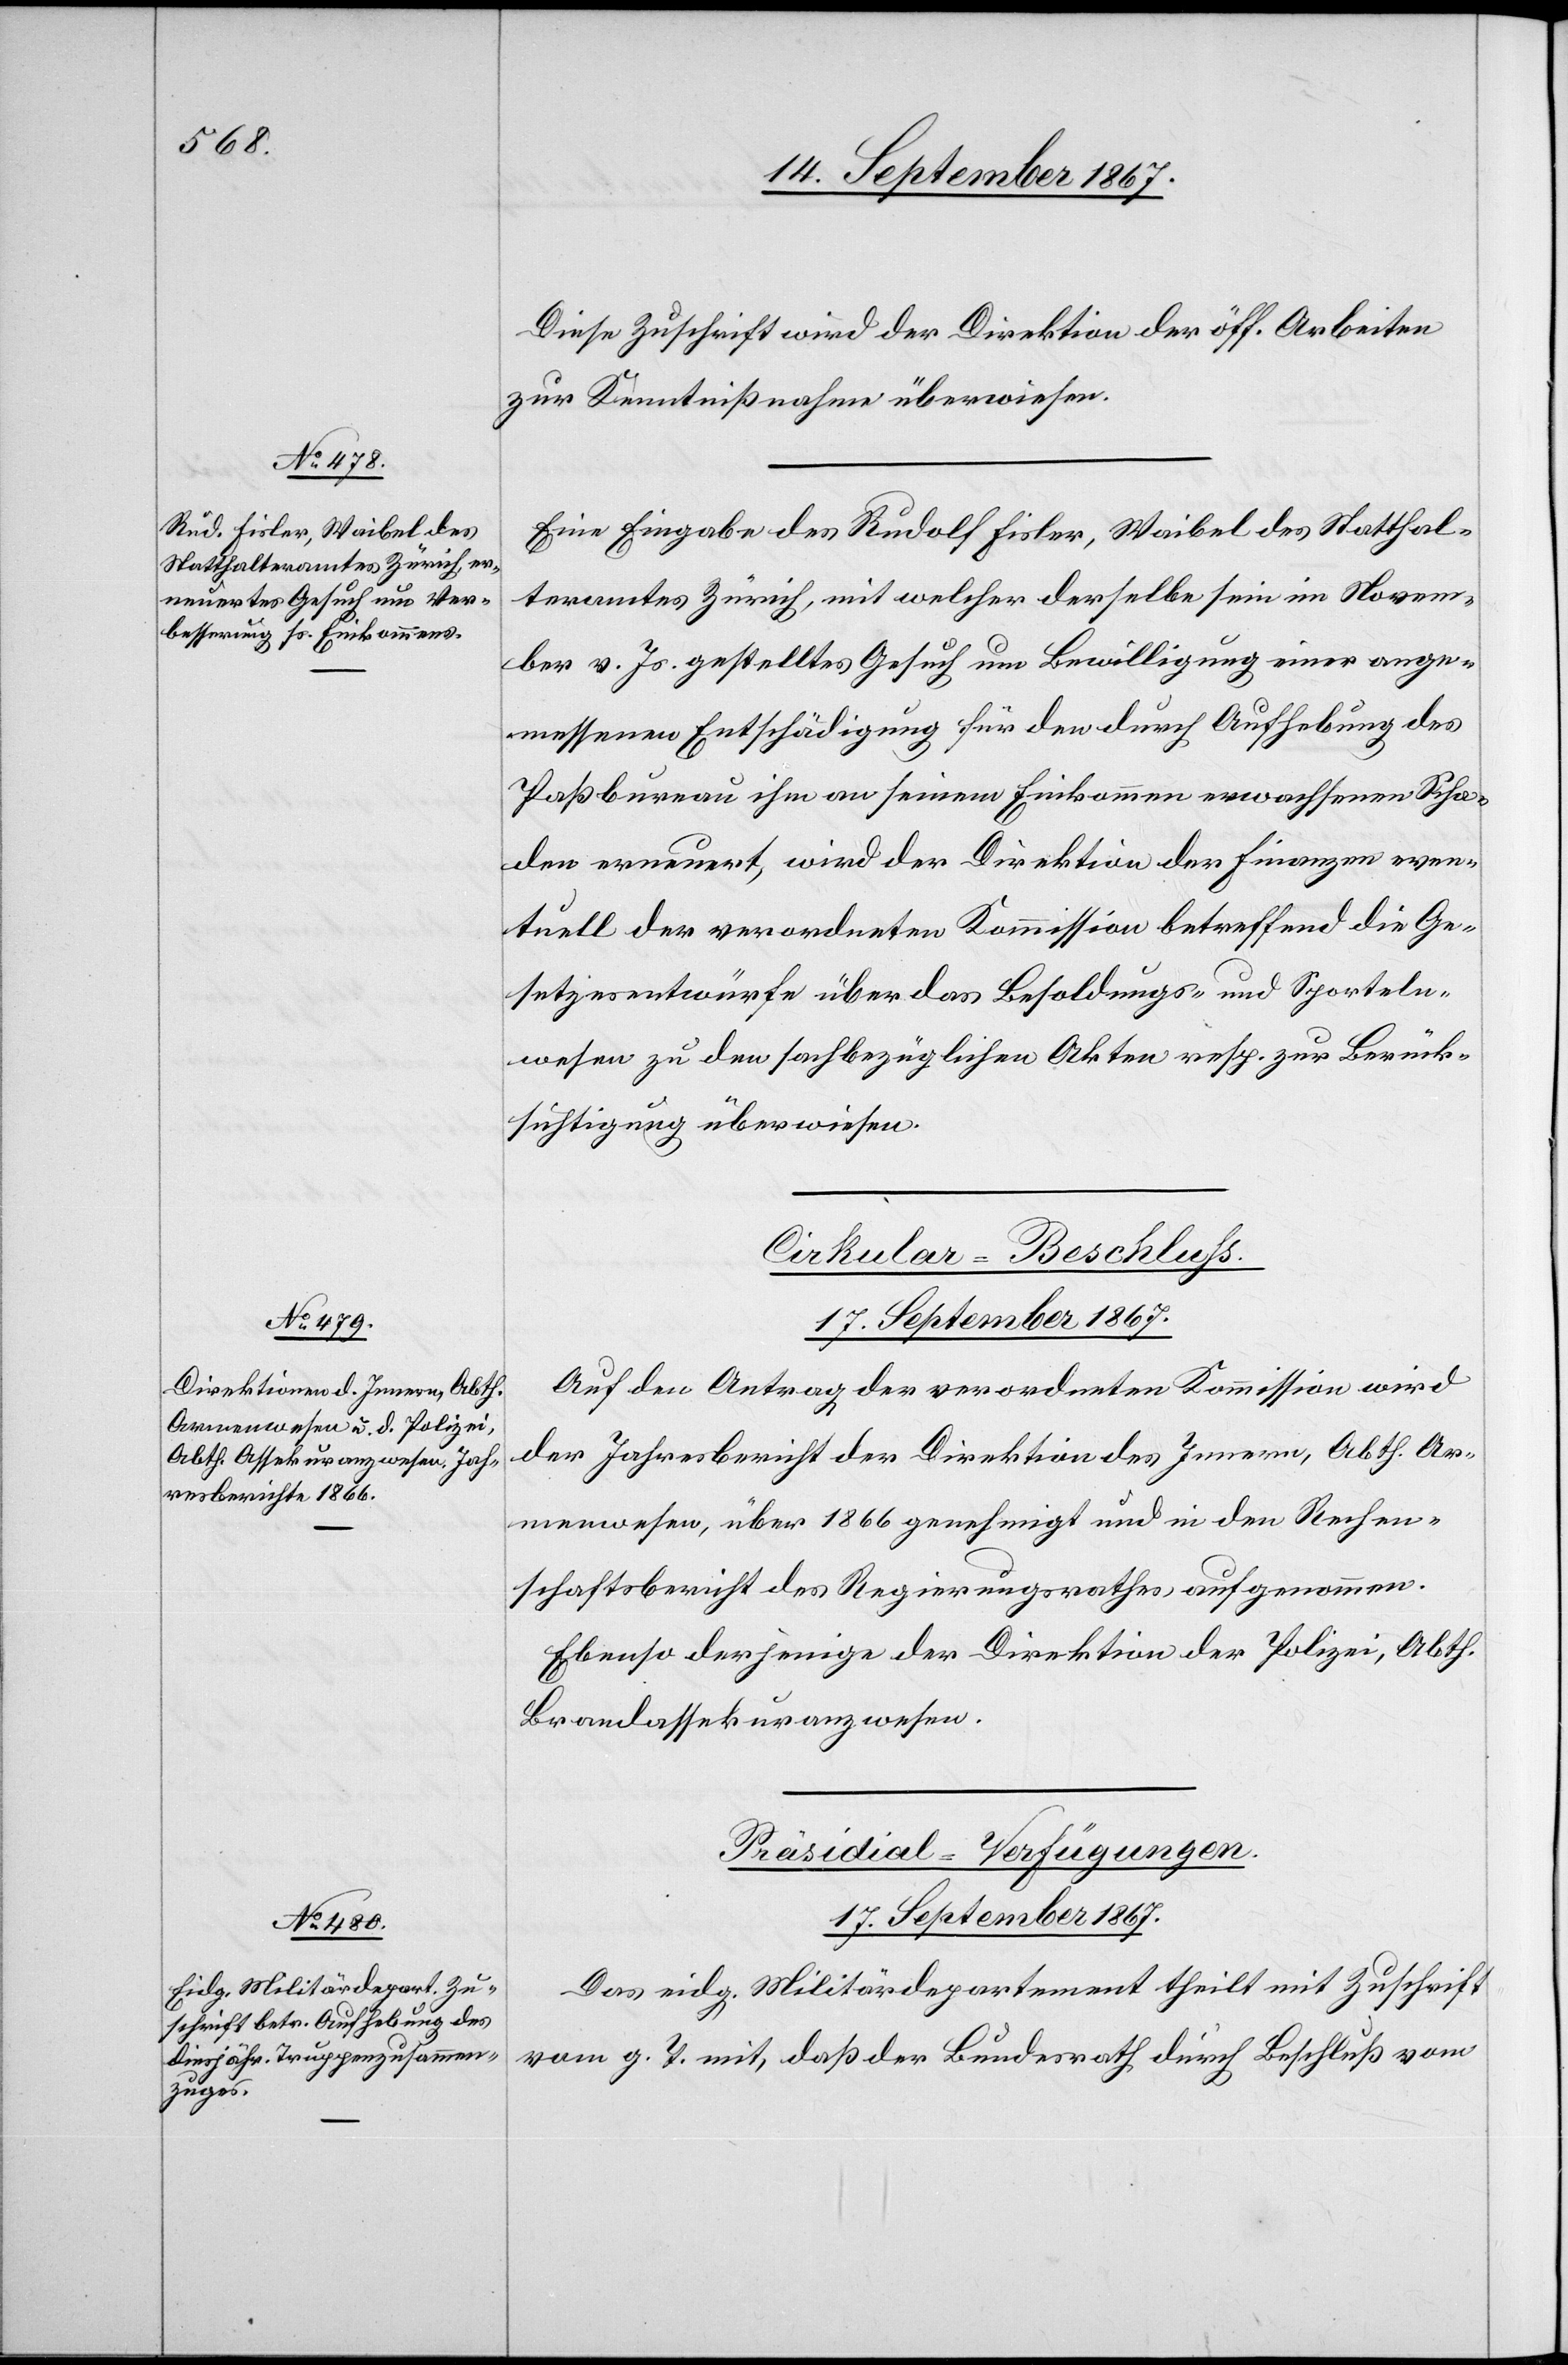
Diese Zuschrift wird der Direktion der öff. Arbeiten
zur Kenntnißnahme überwiesen.
Eine Eingabe des Rudolf Fisler, Waibel des Statthal¬
teramtes Zürich, mit welcher derselbe sein im Novem¬
ber v. Js. gestelltes Gesuch um Bewilligung einer ange¬
messenen Entschädigung für den durch Aufhebung des
Paßbureau ihm an seinem Einkommen erwachsenen Scha¬
den erneuert, wird der Direktion der Finanzen even¬
tuell der verordneten Kommission betreffend die Ge¬
setzesentwürfe über das Besoldungs- und Sporteln¬
wesen zu den sachbezüglichen Akten resp. zur Berück¬
sichtigung überwiesen.
Cirkular-Beschluß.
17. September 1867.
Auf den Antrag der verordneten Kommission wird
der Jahresbericht der Direktion des Innern, Abth. Ar¬
menwesen, über 1866 genehmigt und in den Rechen¬
schaftsbericht des Regierungsrathes aufgenommen.
Ebenso derjenige der Direktion der Polizei, Abth.
Brandassekuranzwesen.
Präsidial-Verfügungen.
Das eidg. Militärdepartement theilt mit Zuschrift
vom g. T. mit, daß der Bundesrath durch Beschluß vom